Papaver somniferum - Opium : an extract from the sixth volume of the Dictionary of Economic Products of India
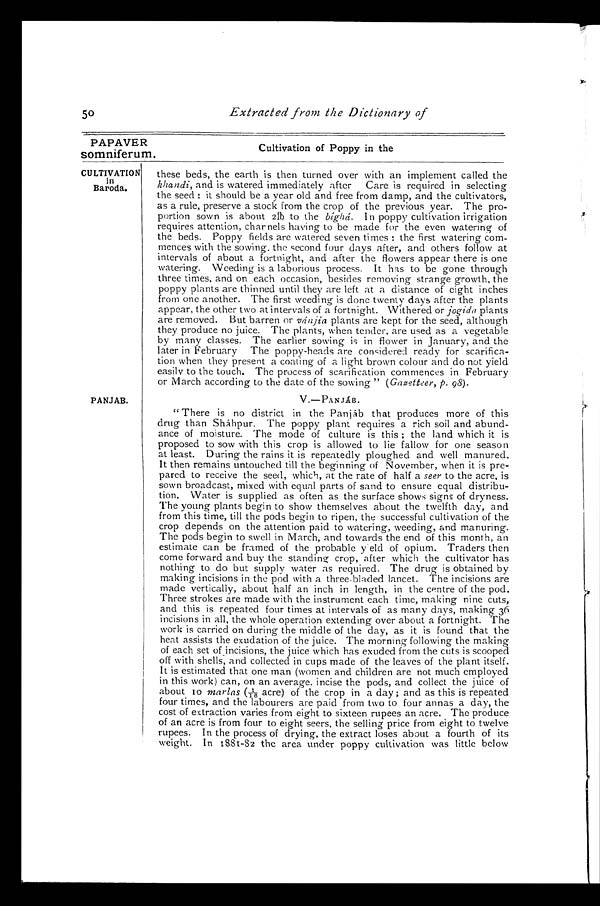
50
Extracted from the Dictionary of
PAPAVER
Cultivation of Poppy in the
somniferum.
CULTIVATION
in
Baroda.
PANJAB.
these beds, the earth is then turned over with an implement called the
khandi, and is watered immediately after Care is required in selecting
the seed : it should be a year old and free from damp, and the cultivators,
as a rule, preserve a stock from the crop of the previous year. The pro-
portion sown is about 2lb to the bighá. In poppy cultivation irrigation
requires attention, charnels having to be made for the even watering of
the beds. Poppy fields are watered seven times : the first watering com-
mences with the sowing. the second four days after, and others follow at
intervals of about a fortnight, and after the flowers appear there is one
watering. Weeding is a laborious process. It has to be gone through
three times, and on each occasion, besides removing strange growth, the
poppy plants are thinned until they are left at a distance of eight inches
from one another. The First weeding is clone twenty days after the plants
appear, the other two at intervals of a fortnight.. Withered or jogido plants
are removed. But barren or vánjia plants are kept for the seed, although
they produce no juice. The plants, when tender, are used as a vegetable
by many classes. The earlier sowing is in flower in January, and the
later in February The poppy-heads are considered ready for scarifica-
tion when they present a coating of a light brown colour and do not yield
easily to the touch. The process of scarification commences in February
or March according to the date of the sowing " (Gazetteer, p. 98) .
V.—PANJÁB.
" There is no district in the Panjáb that produces more of this
drug than Shάhpur. The poppy plant requires a rich soil and abund-
ance of moisture. The mode of culture is this ; the land which it is
proposed to sow with this crop is allowed to lie fallow for one season
at least. During the rains it is repeatedly ploughed and well manured.
It then remains untouched till the beginning of November, when it is pre-
pared to receive the seed, which, at the rate of half a seer to the acre, is
sown broadcast, mixed with equal parts of sand to ensure equal distribu-
tion. Water is supplied as often as the surface shows signs of dryness.
The young plants begin to show themselves about the twelfth day, and
from this time, till the pods begin to ripen, the successful cultivation of the
crop depends on the attention paid to watering, weeding, and manuring.
The pods begin to swell in March, and towards the end of this month, an
estimate can be framed of the probable yeld of opium. Traders then
come forward and buy the standing crop, after which the cultivator has
nothing to do but supply water as required. The drug is obtained by
making incisions in the pod with a three-bladed lancet. The incisions are
made vertically, about half an inch in length, in the centre of the pod.
Three strokes are made with the instrument each time, making nine cuts,
and this is repeated four times at intervals of as many days, making 36
incisions in all, the whole operation extending over about a fortnight. The
work is carried on during the middle of the day, as it is found that the
heat assists the exudation of the juice. The morning following the making
of each set of incisions, the juice which has exuded from the cuts is scooped
off with shells, and collected in cups made of the leaves of the plant itself.
It is estimated that one man (women and children are not much employed
in this work) can, on an average incise the pods, and collect the juice of
about 10 marlas ( 1 1 / 6 a c r e ) o f t h e c r o p i n a d a y ; a n d a s t h i s i s r e p e a t e d
four times, and the labourers are paid from two to four annas a day, the
cost of extraction varies from eight to sixteen rupees an acre. The produce
of an acre is from four to eight seers, the selling price from eight to twelve
rupees. In the process of drying, the extract loses about a fourth of its
weight. In 1881-32 the area under poppy cultivation was little below